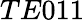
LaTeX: TE011